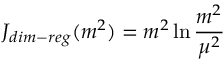
J _ { d i m - r e g } ( m ^ { 2 } ) = m ^ { 2 } \ln { \frac { m ^ { 2 } } { \mu ^ { 2 } } }